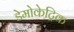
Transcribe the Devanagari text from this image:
डेमोकेट्रिक